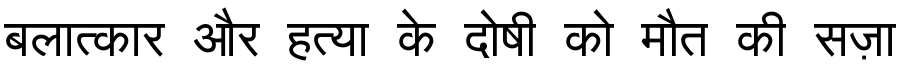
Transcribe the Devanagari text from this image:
बलात्कार और हत्या के दोषी को मौत की सज़ा